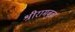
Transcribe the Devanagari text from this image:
श्रीरामबुवा